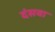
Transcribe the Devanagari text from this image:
दंसवा